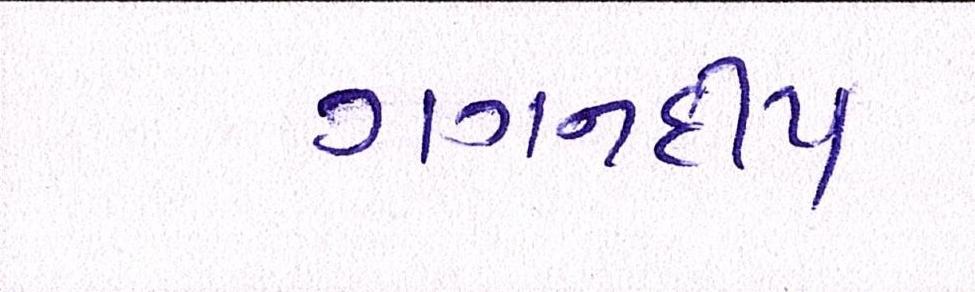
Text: ગગનદીપ